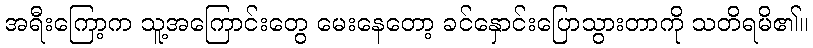
အရီးကြော့က သူ့အကြောင်းတွေ မေးနေတော့ ခင်နှောင်းပြောသွားတာကို သတိရမိ၏။